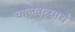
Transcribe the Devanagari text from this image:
चालवल्याचे